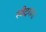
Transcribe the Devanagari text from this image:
स्वेदगंगा